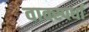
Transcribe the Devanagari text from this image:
वाक्स्पर्धा